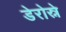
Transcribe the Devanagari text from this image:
डेरोस्ने